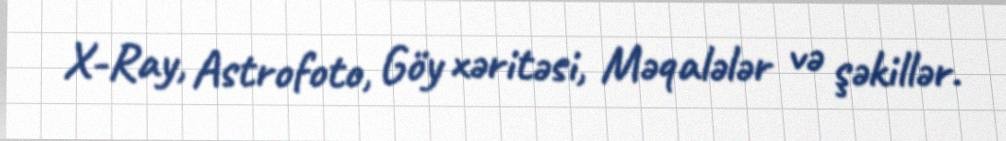
X-Ray, Astrofoto, Göy xəritəsi, Məqalələr və şəkillər.